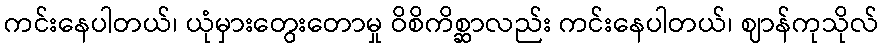
ကင်းနေပါတယ်၊ ယုံမှားတွေးတောမှု ဝိစိကိစ္ဆာလည်း ကင်းနေပါတယ်၊ ဈာန်ကုသိုလ်